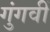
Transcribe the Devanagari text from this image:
गुंगवीं